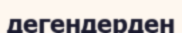
дегендерден